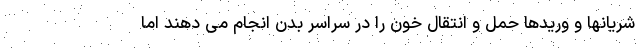
شریانها و وریدها حمل و انتقال خون را در سراسر بدن انجام می دهند اما